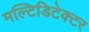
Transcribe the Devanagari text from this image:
मल्टिडिटेक्टर